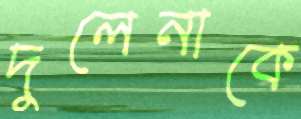
দুলেনাকে